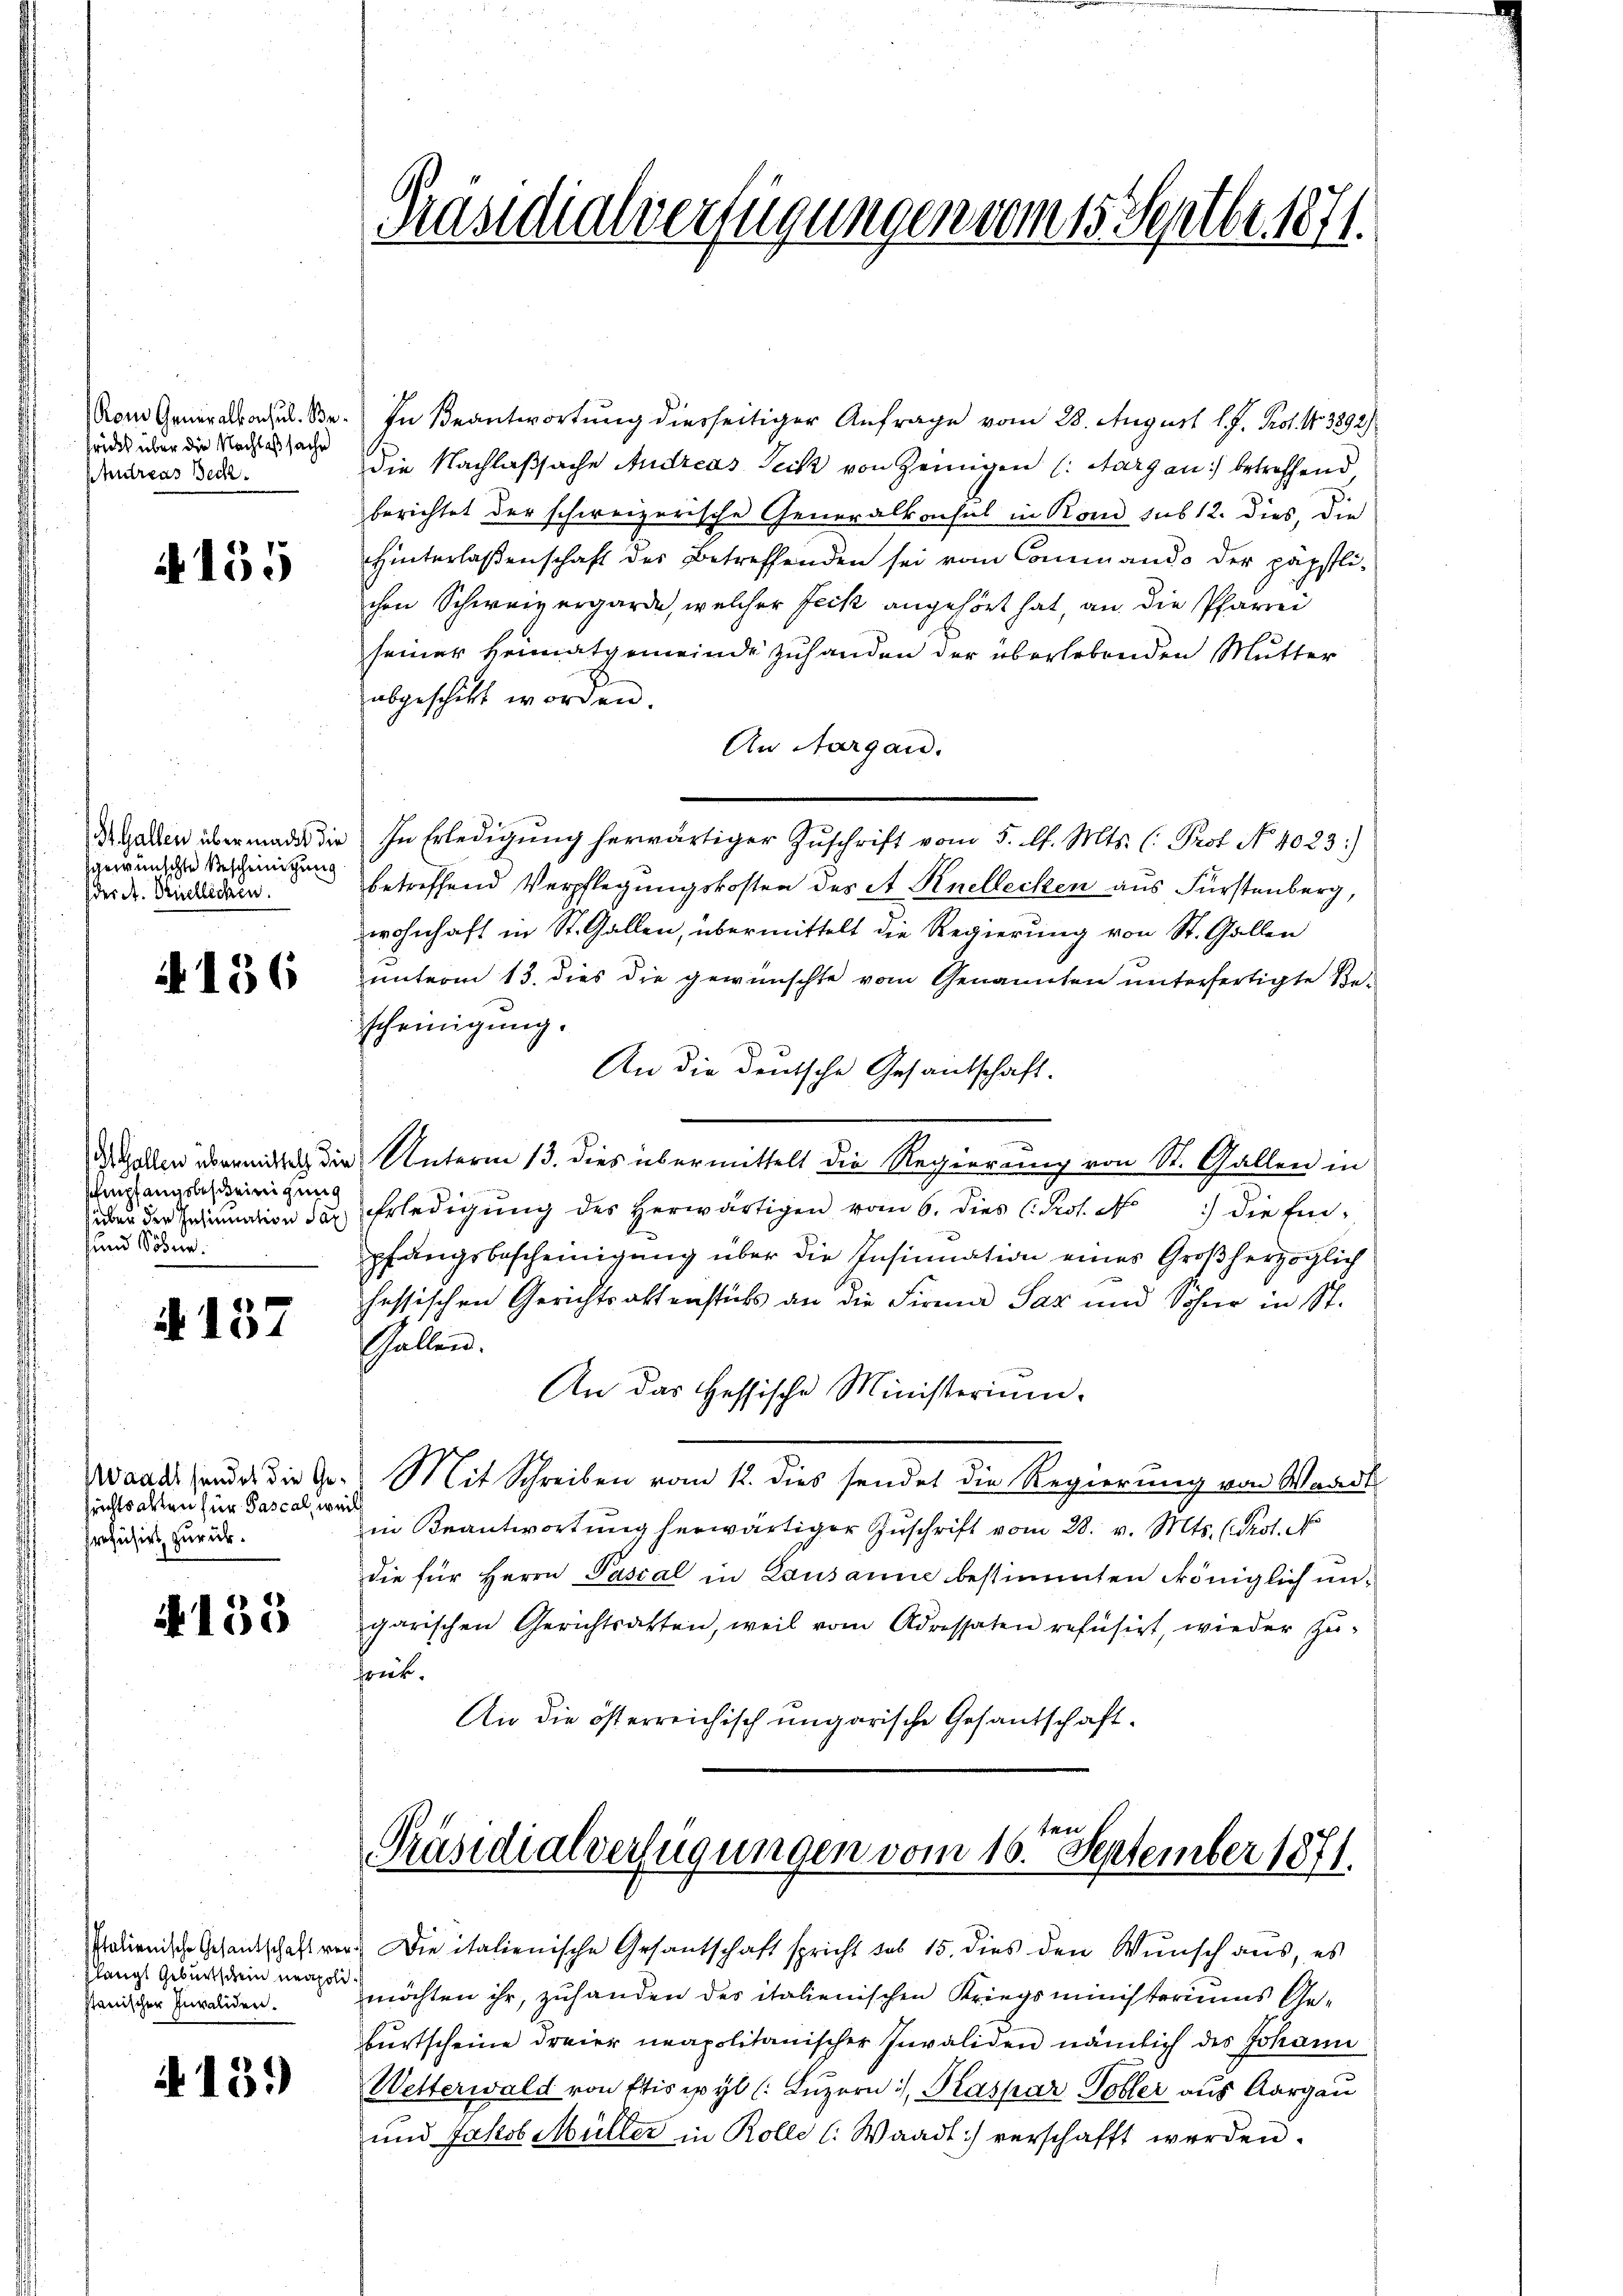
Rom Generalkonsul. Befricht über die Nachlaßsache
Ptundreas Beck.

A 155

St. Gallen übermacht die
gewünschte Bescheinigung
des A. Dietlichen.

156

Empfangsbescheinigung
über der Insinuation Sac
sund Söhne.

§. 157

Waadt sendet die Gesrichtsalten für Pascal, weil
srefüsiert zurück.

4135

Italienische Gesantschaft verflanzt Geburtschein neapolistanischer Invaliden.

N. 131

Präsidialverfügungen vom 15. Septbr. 1871.

In Beantwortung diesseitiger Anfrage vom 28. August l. J. Prof. No 3892/
die Nachlaßsache Andreas Teck von Zeinigen (Aargau betreffend,
berichtet der schweizerische Generalkonsul in Kond sub 12. dies, die
Hinterlassenschaft des Betreffenden sei vom Commando der päpstlichen Schweizergarde, welcher Feck angehört hat, an die Pfarrei
seiner Heimatgemeinde zuhanden der überlebenden Mutter
abgeschickt worden.
An Aargau.
In Erledigung herwärtiger Zuschrift vom 5. d. Mts. (: Prof. No. 4023.)
betreffend Verpflegungskosten des At Knellecken aus Fürstenberg,
wohnhaft in St. Gallen, übermittelt die Regierung von St. Gallen
unterm 13. dies die gewünschte vom Genannten unterfertigte Be-
scheinigung.
An die deutsche Gesandschaft.
das allen übermit die Unterm 13. dies übermittelt die Regierung von St. Gallen in
Erledigŭng des herwärtigen vom 6. dies (Pest. No 1) die Ein-
pfungsbescheinigung über die Insinuation eines Großherzoglich
hessischen Gerichtsaltenstücks an die Firma Sax und Söhne in St.
Gallen.
An das Hessische Ministerium
Mit Schreiben vom 12. dies sendet die Regierung von Waadt
in Beantwortung herwärtiger Zŭschrift vom 28. v. Mts. (Prot. N
die für Herrn Pascal in Lausanne bestimmten Königlich ungarischen Gerichtsatten, weil vom Adressaten refüsizt, wieder zu-
frük.
An die österreichisch ungarische Gesandschaft.

Präsidialverfügungen vom 16. September 1871.

Die italienische Gesantschaft spricht sub 15. dies den Wunsch aus, es
möchten ihr, zuhanden des italienischen Kriegsministeriums Ge-
burtscheine dreier neapolitanischer Invaliden nämlich des Johann
Wetterwald von Etisipyl (: Luzern, Kaspar Tobler aus Aargau
und Jakob Müller in Rolle (: Waadt) verschafft werden.